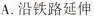
A.沿铁路延伸